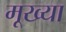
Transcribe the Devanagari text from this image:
मूख्या